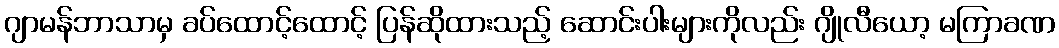
ဂျာမန်ဘာသာမှ ခပ်ထောင့်ထောင့် ပြန်ဆိုထားသည့် ဆောင်းပါးများကိုလည်း ဂျိုလီယော့ မကြာခဏ